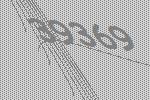
39369